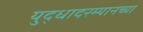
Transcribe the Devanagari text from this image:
युद्धादरम्यानच्या